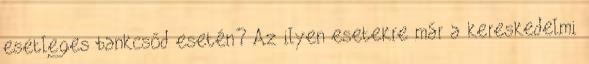
esetleges bankcsőd esetén? Az ilyen esetekre már a kereskedelmi